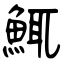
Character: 鮿